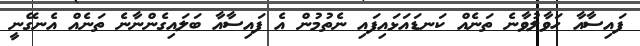
ފައިސާއާ ހަވާލުވާނެ ތަނެއް ކަނޑައަޅައިފައި ނެތުމުން އެ ފައިސާއާ ބަލައިގެންނާނެ ތަނެއް އެނގޭނީ